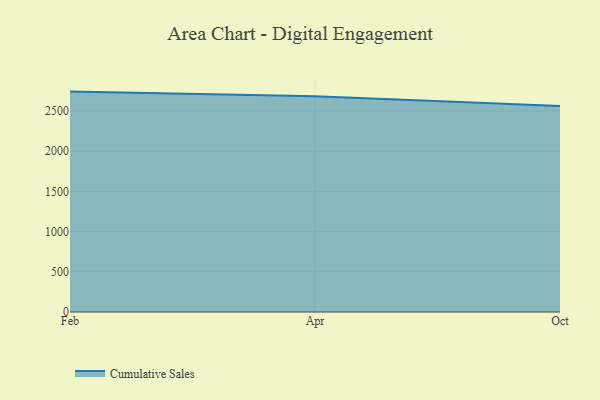
{"axis": {"x": "Month", "y": "Headcount"}, "legend": ["Cumulative Sales"], "data": [{"x": "Feb", "y": 2742.2, "type": "Cumulative Sales"}, {"x": "Apr", "y": 2683.5, "type": "Cumulative Sales"}, {"x": "Oct", "y": 2562.1, "type": "Cumulative Sales"}]}